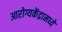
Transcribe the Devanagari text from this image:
आरोग्यकेंद्रामध्ये